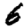
Digit: 6